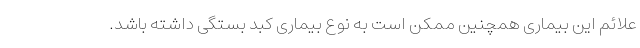
علائم این بیماری همچنین ممکن است به نوع بیماری کبد بستگی داشته باشد.